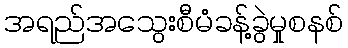
အရည်အသွေးစီမံခန့်ခွဲမှုစနစ်